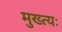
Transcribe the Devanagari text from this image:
मुख्त्यः